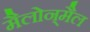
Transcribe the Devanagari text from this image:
मैलोन्‌मैल